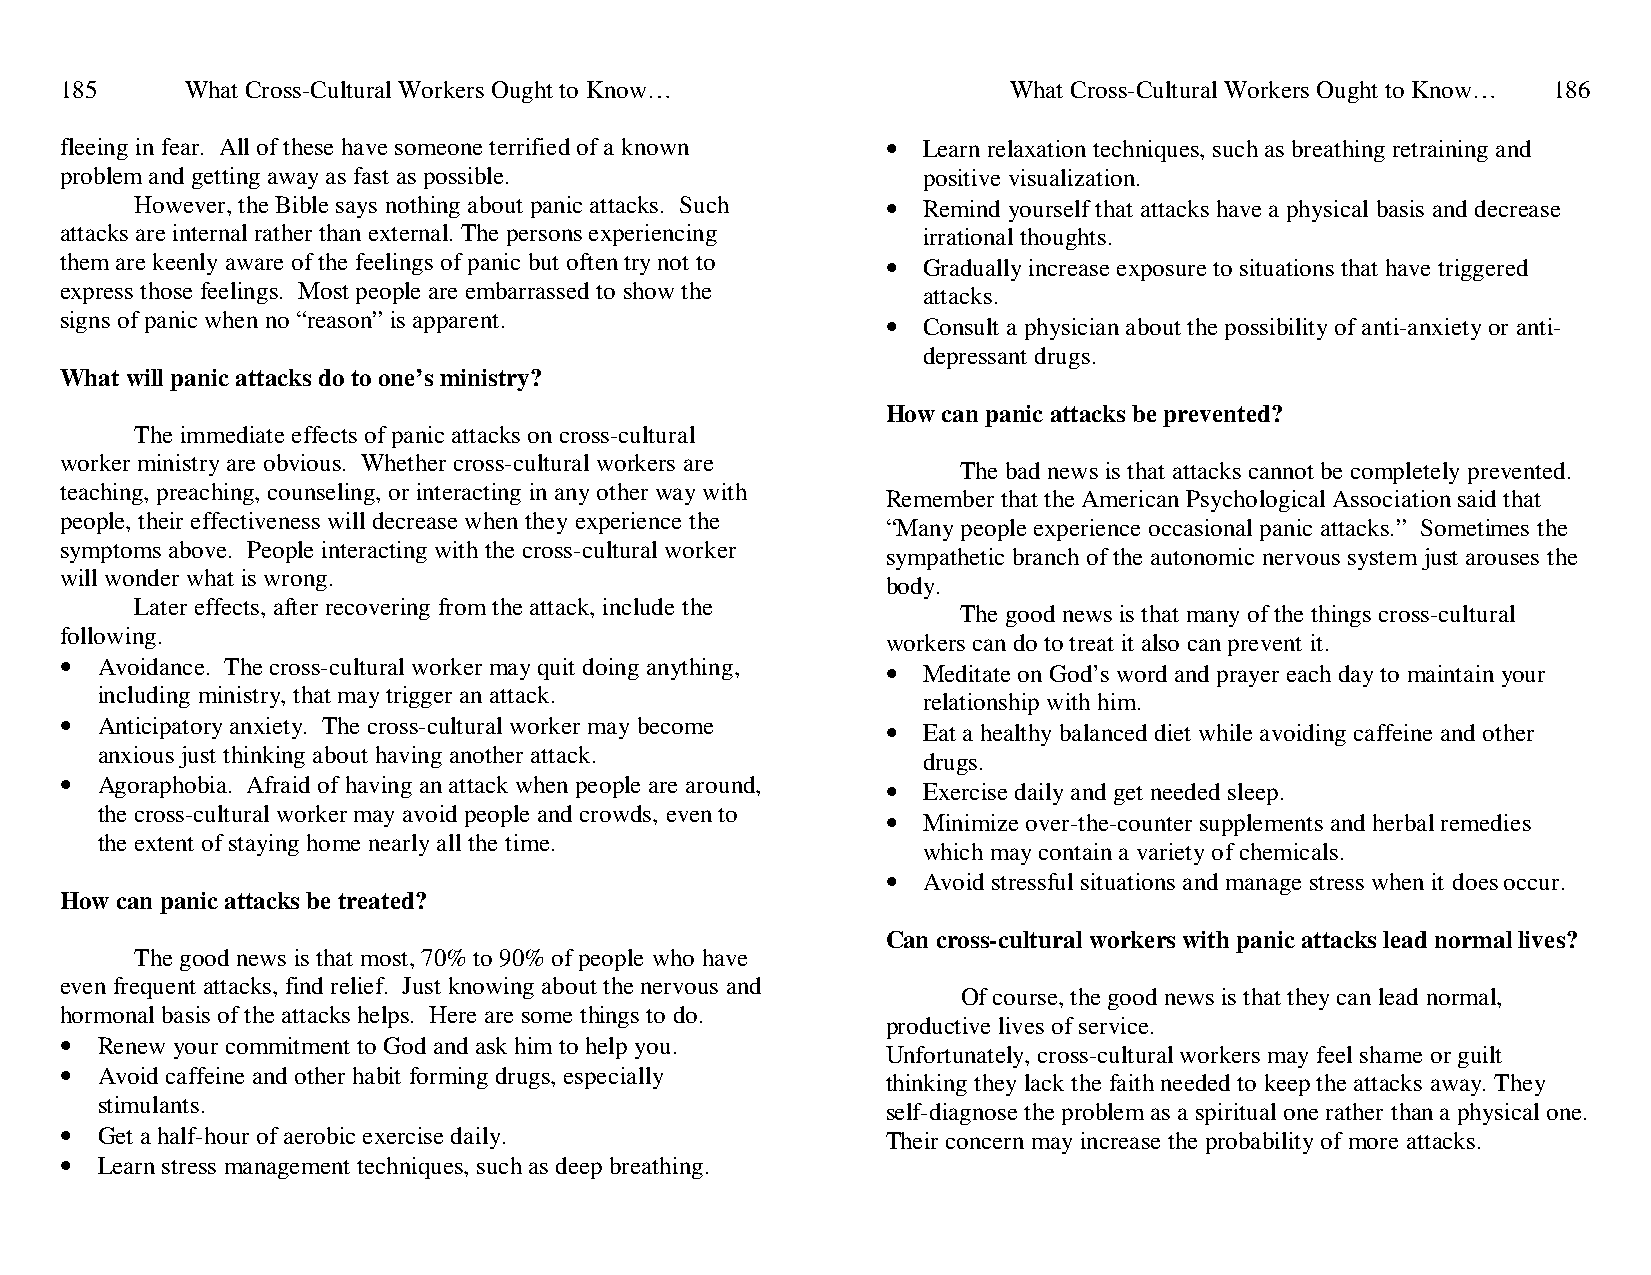
185     What Cross-Cultural Workers Ought to Know…             What Cross-Cultural Workers Ought to Know… 186
 fleeing in fear. All of these have someone terrified of a known • Learn relaxation techniques, such as breathing retraining and
 problem and getting away as fast as possible.            positive visualization.
 However, the Bible says nothing about panic attacks. Such • Remind yourself that attacks have a physical basis and decrease
 attacks are internal rather than external. The persons experiencing irrational thoughts.
 them are keenly aware of the feelings of panic but often try not to • Gradually increase exposure to situations that have triggered
 express those feelings. Most people are embarrassed to show the attacks.
 signs of panic when no “reason” is apparent.           • Consult a physician about the possibility of anti-anxiety or anti-
 depressant drugs.
 What will panic attacks do to one’s ministry?
 How can panic attacks be prevented?
 The immediate effects of panic attacks on cross-cultural
 worker ministry are obvious. Whether cross-cultural workers are
 The bad news is that attacks cannot be completely prevented.
 teaching, preaching, counseling, or interacting in any other way with
 Remember that the American Psychological Association said that
 people, their effectiveness will decrease when they experience the
 “Many people experience occasional panic attacks.” Sometimes the
 symptoms above. People interacting with the cross-cultural worker
 sympathetic branch of the autonomic nervous system just arouses the
 will wonder what is wrong.
 body.
 Later effects, after recovering from the attack, include the
 The good news is that many of the things cross-cultural
 following.
 workers can do to treat it also can prevent it.
 • Avoidance. The cross-cultural worker may quit doing anything, • Meditate on God’s word and prayer each day to maintain your
 including ministry, that may trigger an attack.
 relationship with him.
 • Anticipatory anxiety. The cross-cultural worker may become • Eat a healthy balanced diet while avoiding caffeine and other
 anxious just thinking about having another attack.
 drugs.
 • Agoraphobia. Afraid of having an attack when people are around, • Exercise daily and get needed sleep.
 the cross-cultural worker may avoid people and crowds, even to • Minimize over-the-counter supplements and herbal remedies
 the extent of staying home nearly all the time.
 which may contain a variety of chemicals.
 • Avoid stressful situations and manage stress when it does occur.
 How can panic attacks be treated?
 Can cross-cultural workers with panic attacks lead normal lives?
 The good news is that most, 70% to 90% of people who have
 even frequent attacks, find relief. Just knowing about the nervous and
 Of course, the good news is that they can lead normal,
 hormonal basis of the attacks helps. Here are some things to do.
 productive lives of service.
 • Renew your commitment to God and ask him to help you.
 Unfortunately, cross-cultural workers may feel shame or guilt
 • Avoid caffeine and other habit forming drugs, especially
 thinking they lack the faith needed to keep the attacks away. They
 stimulants.
 self-diagnose the problem as a spiritual one rather than a physical one.
 • Get a half-hour of aerobic exercise daily.           Their concern may increase the probability of more attacks.
 • Learn stress management techniques, such as deep breathing.